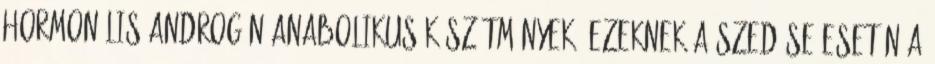
hormonális androgén anabolikus készítmények: ezeknek a szedése esetén a